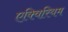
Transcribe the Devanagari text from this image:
एक्विरियम